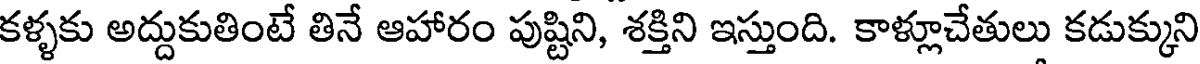
కళ్ళకు అద్దుకుతింటే తినే ఆహారం పుష్టిని, శక్తిని ఇస్తుంది. కాళ్లూచేతులు కడుక్కుని